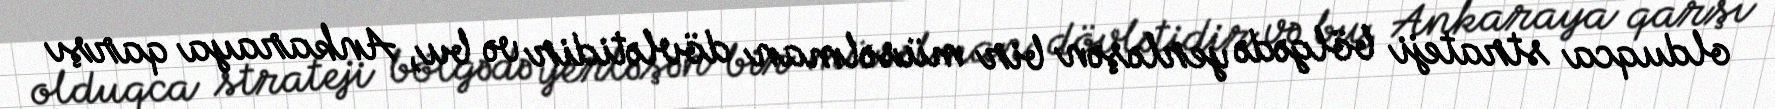
olduqca strateji bölgədə yerləşən bir müsəlman dövlətidir və bu, Ankaraya qarşı